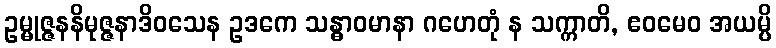
ဥမ္မုဇ္ဇနနိမုဇ္ဇနာဒိဝသေန ဥဒကေ သန္ဓာဝမာနာ ဂဟေတုံ န သက္ကာတိ, ဧဝမေဝ အယမ္ပိ